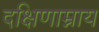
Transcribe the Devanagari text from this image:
दक्षिणाम्नाय